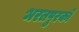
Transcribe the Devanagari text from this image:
भरतपुरको